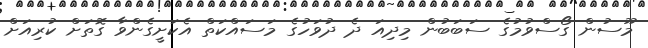
މޫސުން ގޯސްވުމުގެ ސަބަބުން މިދިއަ ދެ ދުވަހުގެ މަސައްކަތް އެކަށީގެންވާ ގޮތަށް ކުރިއަށް